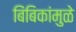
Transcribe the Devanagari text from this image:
बिंबिकांमुळे